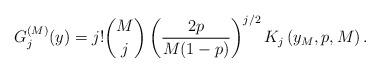
LaTeX: \begin{align*}G_{j}^{(M)}(y)=j!\binom{M}{j}\left(\frac{2p}{M(1-p)}\right)^{j/2}K_{j}\left(y_{M},p,M\right).\end{align*}